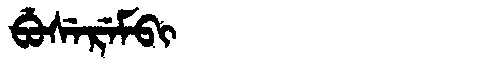
Manchu: ᠪᡠᠰᡝᡵᡝᠮᠪᡳ
Romanization: BUSEREMBI